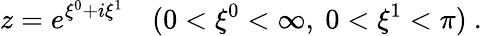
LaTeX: z=e^{\xi^{0}+i\xi^{1}}\ \ \ \ (0<\xi^{0}<\infty,\ 0<\xi^{1}<\pi)\ .